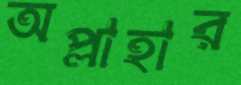
অপ্লাহার